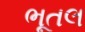
ભૂતલ